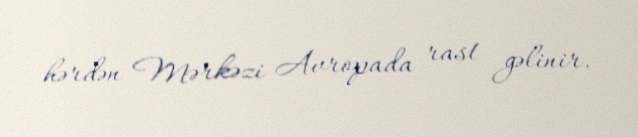
hərdən Mərkəzi Avropada rast gəlinir.